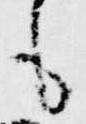
も